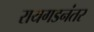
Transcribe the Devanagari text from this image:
रायगडनंतर